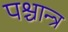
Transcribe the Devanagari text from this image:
पश्चान्त्र